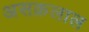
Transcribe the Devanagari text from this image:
असक़लाल